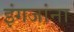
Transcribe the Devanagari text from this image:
इंगजांना